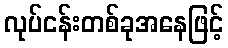
လုပ်ငန်းတစ်ခုအနေဖြင့်